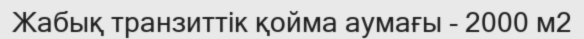
Жабық транзиттік қойма аумағы - 2000 м2